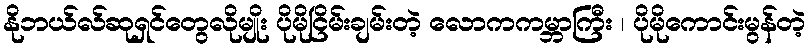
နိုဘယ်လ်ဆုရှင်တွေလိုမျိုး ပိုမိုငြိမ်းချမ်းတဲ့ လောကကမ္ဘာကြီး ၊ ပိုမိုကောင်းမွန်တဲ့